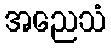
အညေသံ